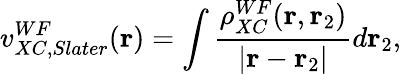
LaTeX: v_{XC,Slater}^{WF}(\mathbf{r})=\int\frac{\rho_{XC}^{WF}(\mathbf{r},\mathbf{r}_{2})}{|\mathbf{r}-\mathbf{r}_{2}|}d\mathbf{r}_{2},